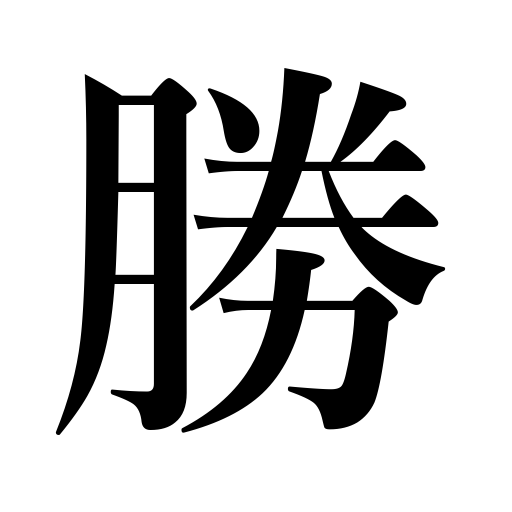
Meanings: surpass,outrival,beauty spot,victory,predominate,win,prevail,excel